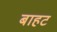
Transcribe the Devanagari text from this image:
बाहट